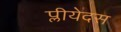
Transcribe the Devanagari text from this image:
प्लीयेदस